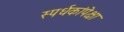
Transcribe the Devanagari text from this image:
स्पर्धकांपेक्षा